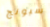
سبونج